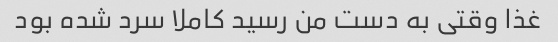
غذا وقتی به دست من رسید کاملا سرد شده بود